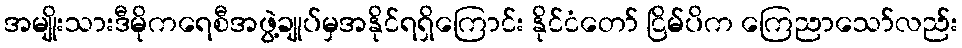
အမျိုးသားဒီမိုကရေစီအဖွဲ့ချုပ်မှအနိုင်ရရှိကြောင်း နိုင်ငံတော် ငြိမ်ပိက ကြေညာသော်လည်း